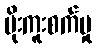
ပိုးကူးစက်မှု